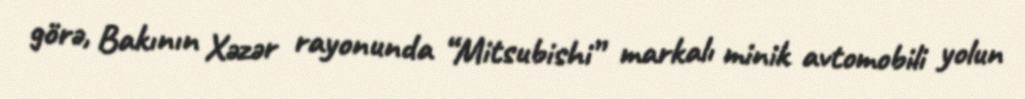
görə, Bakının Xəzər rayonunda “Mitsubishi” markalı minik avtomobili yolun